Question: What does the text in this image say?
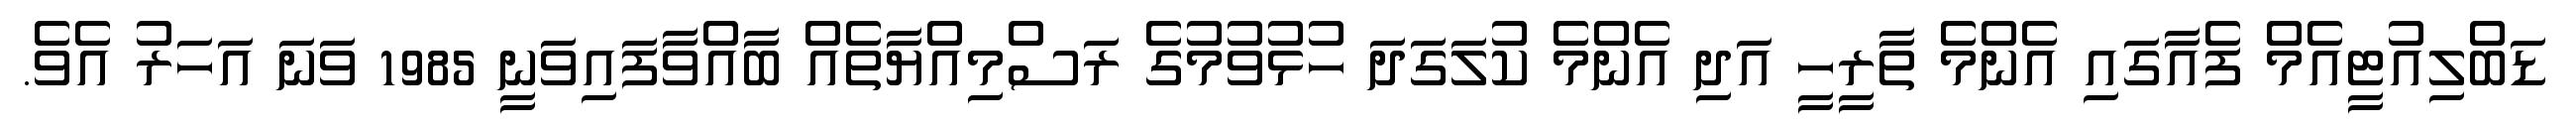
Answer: ޑަބްލިއުޓީއެމް ފެއާގައި އެންމެ ތާރީހީ އަދި އެންމެ ކުލަގަދަ ހުޅުވުމުގެ ރަސްމިއްޔާތެއް ބާއްވާފައިވަނީ 1985 ވަނަ އަހަރު އެވެ.